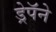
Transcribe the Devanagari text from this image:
ड्रेपॅने